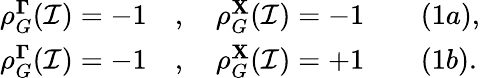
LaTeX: \begin{array}{rl}{\rho_{G}^{\mathbf{\Gamma}}(\mathcal{I})=-1}&{{},\quad\rho_{G}^{\mathbf{X}}(\mathcal{I})=-1\qquad(1a),}\\ {\rho_{G}^{\mathbf{\Gamma}}(\mathcal{I})=-1}&{{},\quad\rho_{G}^{\mathbf{X}}(\mathcal{I})=+1\qquad(1b).}\end{array}